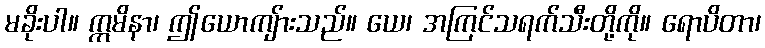
မခိုးပါ။ ဣမိနာ၊ ဤယောကျ်ားသည်။ ယေ၊ အကြင်သရက်သီးတို့ကို။ ရောပိတာ၊